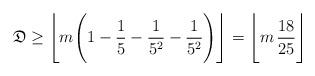
LaTeX: \begin{align*}\mathfrak{D}\geq \Bigg\lfloor m\Bigg(1-\frac{1}{5}-\frac{1}{5^2}-\frac{1}{5^{2}}\Bigg)\Bigg\rfloor=\Bigg\lfloor m\,\frac{18}{25}\Bigg\rfloor\end{align*}